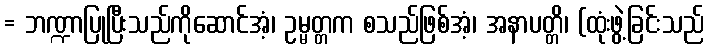
= ဘဏ္ဍာပြုပြီးသည်ကိုဆောင်အံ့၊ ဥမ္မတ္တက စသည်ဖြစ်အံ့၊ အနာပတ္တိ၊ (ထုံးဖွဲ့ခြင်းသည်